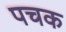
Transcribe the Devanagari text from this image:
पचक